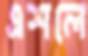
এশলে